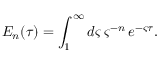
E _ { n } ( \tau ) = \int _ { 1 } ^ { \infty } d \varsigma \, \varsigma ^ { - n } \, e ^ { - \varsigma \tau } .